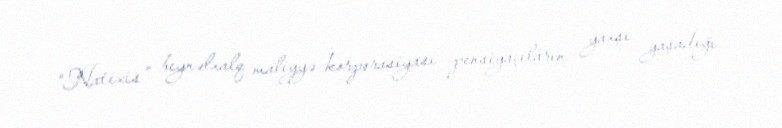
“Natixis” beynəlxalq maliyyə korporasiyası pensiyaçıların yaxşı yaşadığı